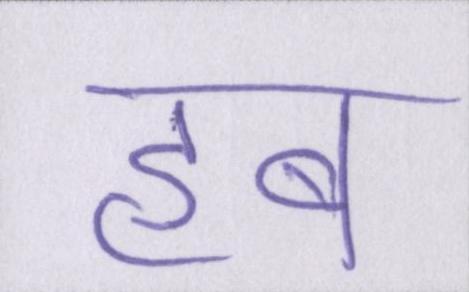
हब